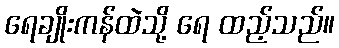
ရေချိုးကန်ထဲသို့ ရေ ထည့်သည်။